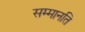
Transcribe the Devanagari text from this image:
सम्मानति